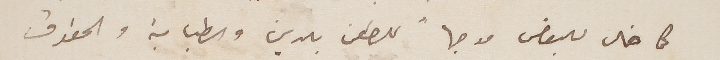
كما خال للبعض موجهاً للطعن بالدين والطبابة والحقوق